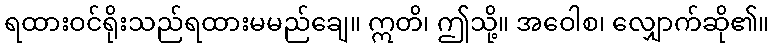
ရထားဝင်ရိုးသည်ရထားမမည်ချေ။ ဣတိ၊ ဤသို့။ အဝေါစ၊ လျှောက်ဆို၏။